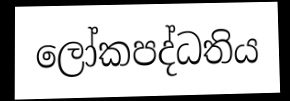
ලෝකපද්ධතිය